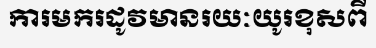
ការមករដូវមានរយៈយូរខុសពី